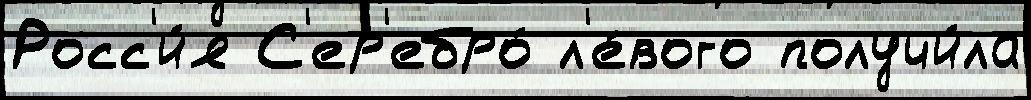
Росс'и́я С'ер'ебро́ л'е́вого получи́ла